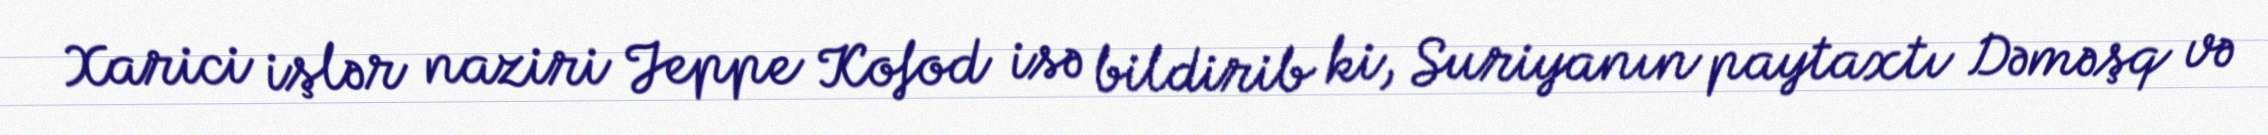
Xarici işlər naziri Jeppe Kofod isə bildirib ki, Suriyanın paytaxtı Dəməşq və